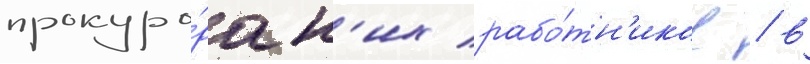
прокуро́рск'их рабо́тн'иков / в